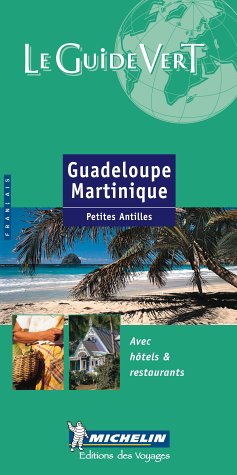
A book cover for Guadeloupe Martinique (Michelin Green Guides (Foreign Language)) (French Edition); Michelin Travel Publications; Travel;